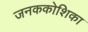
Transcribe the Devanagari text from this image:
जनककोशिका